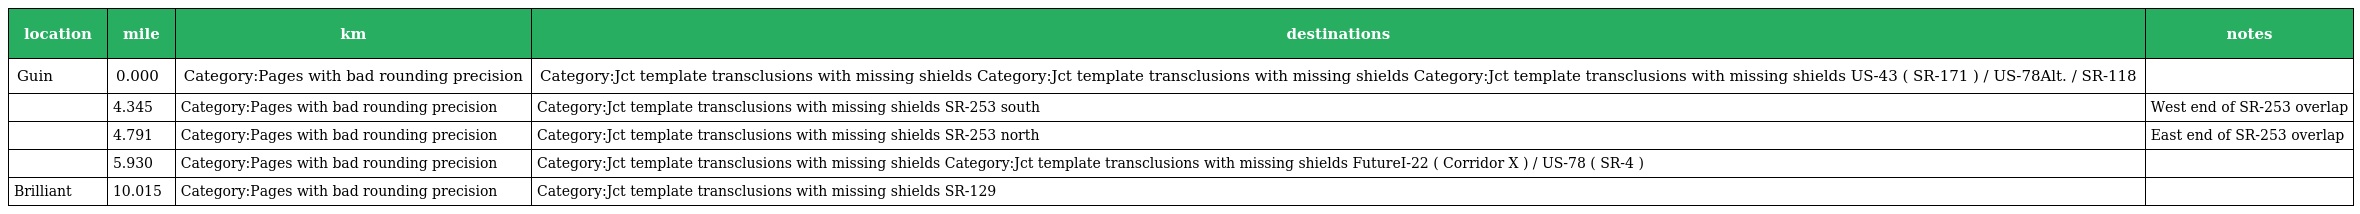
| location | mile | km | destinations | notes |
 | --- | --- | --- | --- | --- |
 | Guin | 0.000 | Category:Pages with bad rounding precision | Category:Jct template transclusions with missing shields Category:Jct template transclusions with missing shields Category:Jct template transclusions with missing shields US-43 ( SR-171 ) / US-78Alt. / SR-118 |  |
 |  | 4.345 | Category:Pages with bad rounding precision | Category:Jct template transclusions with missing shields SR-253 south | West end of SR-253 overlap |
 |  | 4.791 | Category:Pages with bad rounding precision | Category:Jct template transclusions with missing shields SR-253 north | East end of SR-253 overlap |
 |  | 5.930 | Category:Pages with bad rounding precision | Category:Jct template transclusions with missing shields Category:Jct template transclusions with missing shields FutureI-22 ( Corridor X ) / US-78 ( SR-4 ) |  |
 | Brilliant | 10.015 | Category:Pages with bad rounding precision | Category:Jct template transclusions with missing shields SR-129 |  |